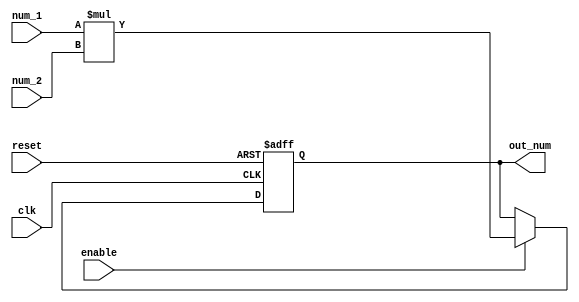
`timescale 1ns / 1ps
//////////////////////////////////////////////////////////////////////////////////
// Company: 
// 
// Design Name: 
// Module Name: mac_unit
// Tool Versions: 
// Description: Performs Multiply and Accumulate operation. Must be parameterized and clocked
// 				Signals
//				1) two numbers
//				2) enable
//				3) reset
//				4) clk
// Revision:
// Revision 0.01 - File Created
//////////////////////////////////////////////////////////////////////////////////
`ifndef num_width
    `define num_width 8
    `endif 
`ifndef high_val
    `define high_val 1'b1
    `endif 
`ifndef low_val    
    `define low_val 1'b0
    `endif 

module mul (	
            input clk, reset, enable,
			input [`num_width-1 :0]num_1, num_2,
			output reg [2*`num_width - 1 :0] out_num
			);
				
// Multiply
parameter word_length = 2* `num_width;


always@(posedge clk, negedge reset)
    begin
        if (!reset)
            out_num <={word_length{`low_val}};
        else if (enable)
            out_num <= num_1 * num_2;
        end            
				
endmodule